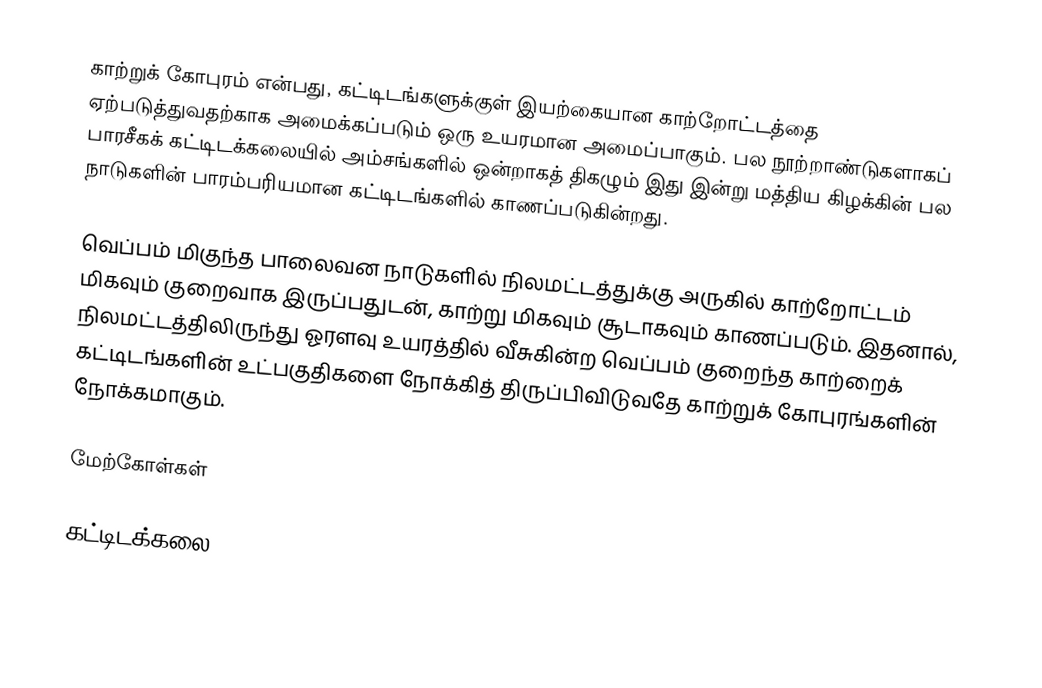
காற்றுக் கோபுரம் என்பது, கட்டிடங்களுக்குள் இயற்கையான காற்றோட்டத்தை ஏற்படுத்துவதற்காக அமைக்கப்படும் ஒரு உயரமான அமைப்பாகும். பல நூற்றாண்டுகளாகப் பாரசீகக் கட்டிடக்கலையில் அம்சங்களில் ஒன்றாகத் திகழும் இது இன்று மத்திய கிழக்கின் பல நாடுகளின் பாரம்பரியமான கட்டிடங்களில் காணப்படுகின்றது.

வெப்பம் மிகுந்த பாலைவன நாடுகளில் நிலமட்டத்துக்கு அருகில் காற்றோட்டம் மிகவும் குறைவாக இருப்பதுடன், காற்று மிகவும் சூடாகவும் காணப்படும். இதனால், நிலமட்டத்திலிருந்து ஓரளவு உயரத்தில் வீசுகின்ற வெப்பம் குறைந்த காற்றைக் கட்டிடங்களின் உட்பகுதிகளை நோக்கித் திருப்பிவிடுவதே காற்றுக் கோபுரங்களின் நோக்கமாகும்.

மேற்கோள்கள்

கட்டிடக்கலை